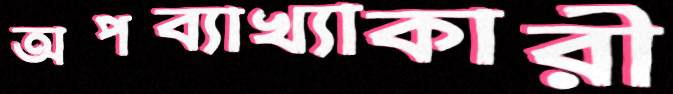
অপব্যাখ্যাকারী